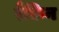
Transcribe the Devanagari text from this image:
रैफ़िन